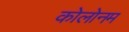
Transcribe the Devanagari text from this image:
कोलोनम